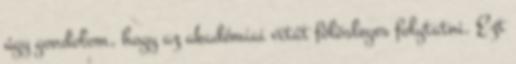
úgy gondolom, hogy az akadémiai vitát fölösleges folytatni. Ezt